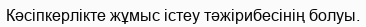
Кәсіпкерлікте жұмыс істеу тәжірибесінің болуы.